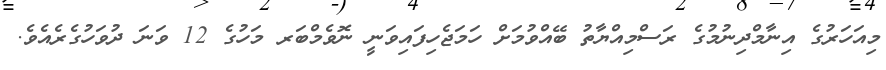
މިއަހަރުގެ އިނާމްދިނުމުގެ ރަސްމިއްޔާތު ބޭއްވުމަށް ހަމަޖެހިފައިވަނީ ނޮވެމްބަރ މަހުގެ 12 ވަނަ ދުވަހުގެރެއެވެ.